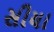
સીયા